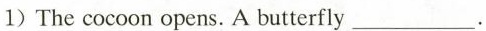
1)The cocoon opens. A butterfly___.